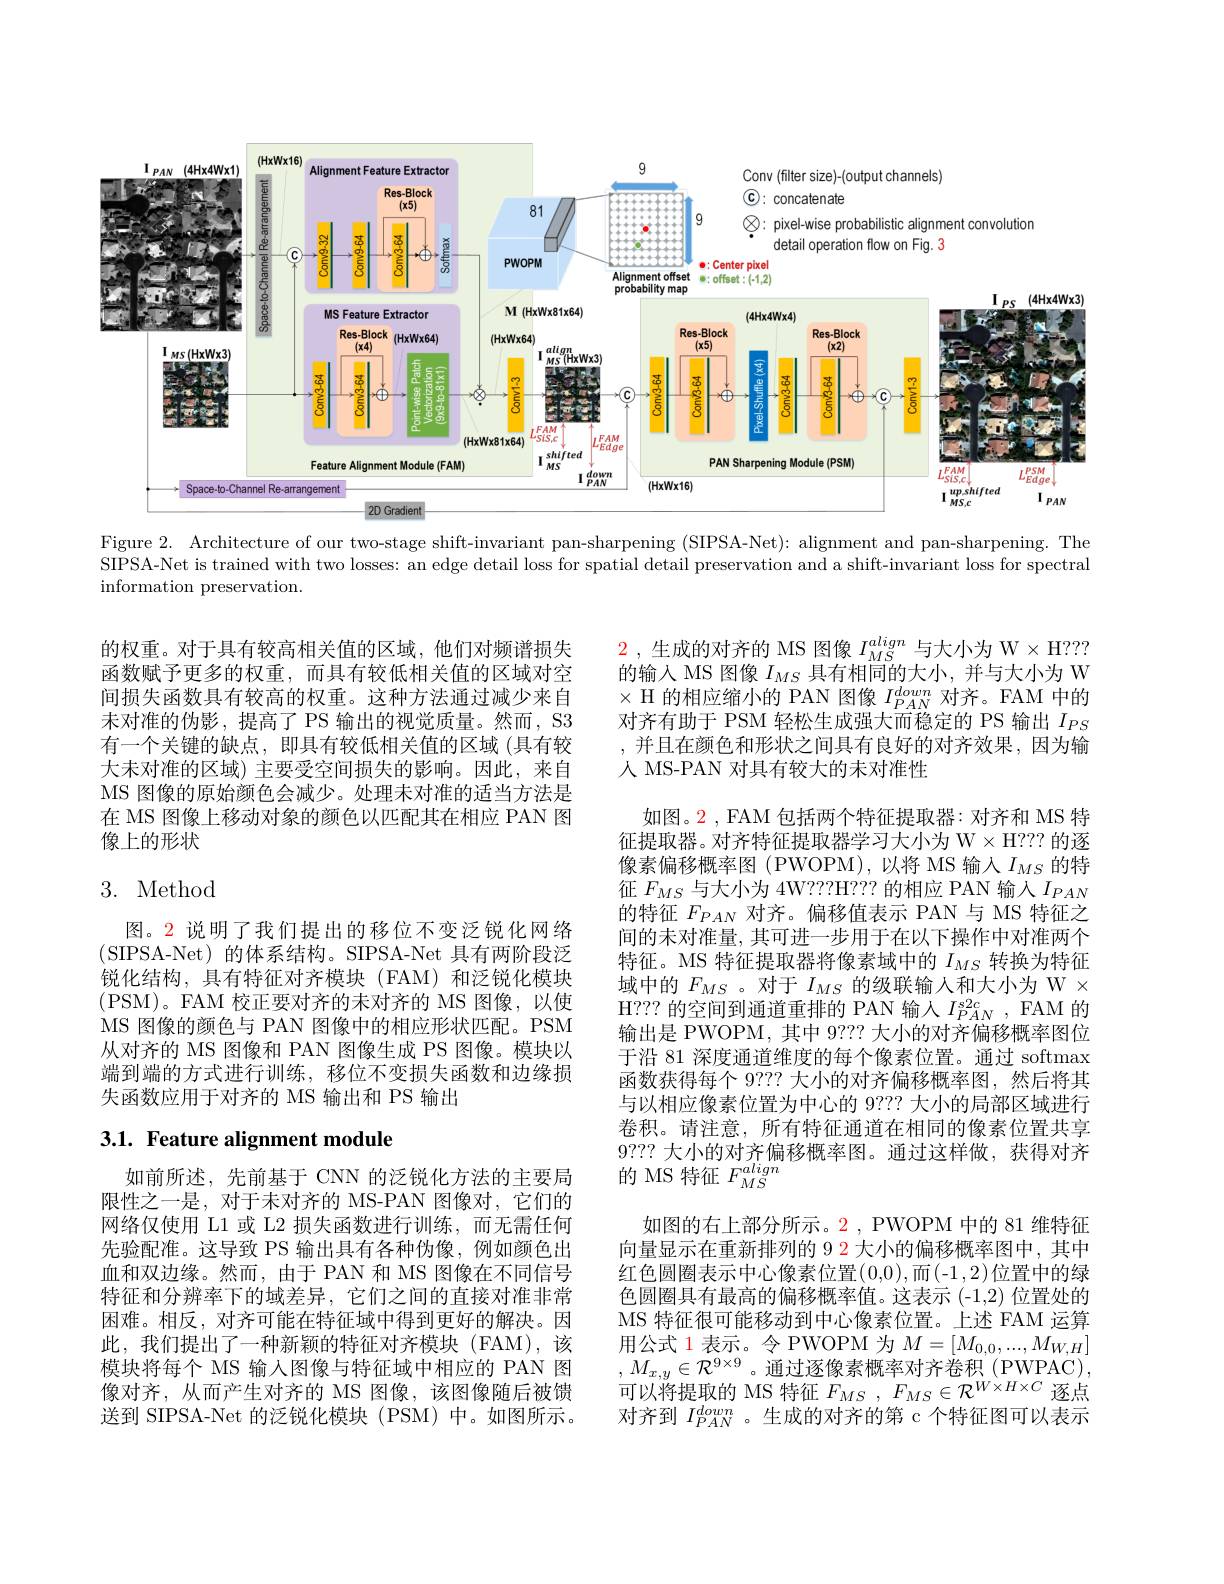
<FigureHere>

Figure 2. Architecture of our two-stage shift-invariant pan-sharpening (SIPSA-Net): alignment and pan-sharpening. The SIPSA-Net is trained with two losses: an edge detail loss for spatial detail preservation and a shift-invariant loss for spectral information preservation.

的权重。对于具有较高相关值的区域，他们对频谱损失函数赋予更多的权重，而具有较低相关值的区域对空间损失函数具有较高的权重。这种方法通过减少来自未对准的伪影，提高了 PS 输出的视觉质量。然而，S3有一个关键的缺点，即具有较低相关值的区域(具有较大未对准的区域) 主要受空间损失的影响。因此，来自MS 图像的原始颜色会减少。处理未对准的适当方法是在 MS 图像上移动对象的颜色以匹配其在相应 PAN 图像上的形状

## 3. Method

图。2 说明了我们提出的移位不变泛锐化网络(SIPSA-Net)的体系结构。SIPSA-Net 具有两阶段泛锐化结构，具有特征对齐模块(FAM)和泛锐化模块(PSM)。FAM 校正要对齐的未对齐的 MS 图像，以使MS 图像的颜色与 PAN 图像中的相应形状匹配。PSM 从对齐的 MS 图像和 PAN 图像生成 PS 图像。模块以端到端的方式进行训练，移位不变损失函数和边缘损失函数应用于对齐的 MS 输出和 PS 输出

2 ,生成的对齐的 MS 图像$I_{MS}^{align}$与大小为 W$\times$ H??? 的输入 MS 图像$I_{MS}$具有相同的大小，并与大小为 W $\times$ H 的相应缩小的 PAN 图像$I_PAN^{down}$对齐。FAM 中的对齐有助于 PSM 轻松生成强大而稳定的 PS 输出$I_{PS}$ ,并且在颜色和形状之间具有良好的对齐效果，因为输人 MS-PAN 对具有较大的未对准性
如图。2 , FAM 包括两个特征提取器：对齐和 MS 特征提取器。对齐特征提取器学习大小为 W$\times$H? ? ? 的逐像素偏移概率图(PWOPM),以将 MS 输入$I_{MS}$的特征$F_{MS}$与大小为 4W???H??? 的相应 PAN 输入$I_PAN$ 的特征$F_{PAN}$对齐。偏移值表示 PAN 与 MS 特征之间的未对准量，其可进一步用于在以下操作中对准两个特征。MS 特征提取器将像素域中的$I_{MS}$转换为特征域中的$F_{MS}$ 。对于$I_{MS}$的级联输入和大小为 W $\times$ H??? 的空间到通道重排的 PAN 输人$I_{PAN}^{s2c}$, FAM 的输出是 PWOPM, 其中 9??? 大小的对齐偏移概率图位于沿 81 深度通道维度的每个像素位置。通过 softmax 函数获得每个 9??? 大小的对齐偏移概率图，然后将其与以相应像素位置为中心的 9?? 大小的局部区域进行卷积。请注意，所有特征通道在相同的像素位置共享9???大小的对齐偏移概率图。通过这样做，获得对齐的 MS 特征$F_{MS}^{align}$
如图的右上部分所示。2 , PWOPM 中的 81 维特征向量显示在重新排列的 9 2 大小的偏移概率图中，其中红色圆圈表示中心像素位置(0,0),而(-1,2)位置中的绿色圆圈具有最高的偏移概率值。这表示 (-1,2) 位置处的MS 特征很可能移动到中心像素位置。上述 FAM 运算用公式 1 表示。令 PWOPM 为$M=[M_{0,0},...,M_{W,H}]$ , $M_{x, y}\in \mathcal{R} ^{9\times 9}$。通过逐像素概率对齐卷积$\left(\mathrm{PWPAC}\right)$, 可以将提取的 MS 特征$F_{MS},F_{MS}\in\mathcal{R}^{W\times H\times C}$逐点对齐到$I_{PAN}^{down}$。生成的对齐的第 c 个特征图可以表示

## 3.1. Feature alignment module

如前所述，先前基于 CNN 的泛锐化方法的主要局限性之一是，对于未对齐的 MS-PAN 图像对，它们的网络仅使用 L1 或 L2 损失函数进行训练，而无需任何先验配准。这导致 PS 输出具有各种伪像，例如颜色出血和双边缘。然而，由于 PAN 和 MS 图像在不同信号特征和分辨率下的域差异，它们之间的直接对准非常困难。相反，对齐可能在特征域中得到更好的解决。因此，我们提出了一种新颖的特征对齐模块(FAM),该模块将每个 MS 输入图像与特征域中相应的 PAN 图像对齐，从而产生对齐的 MS 图像，该图像随后被馈送到 SIPSA-Net 的泛锐化模块 (PSM) 中。如图所示。